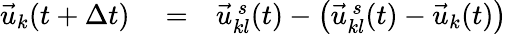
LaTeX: \begin{array}{rlr}{\vec{u}_{k}(t+\Delta t)}&{{}=}&{\vec{u}_{kl}^{\, s}(t)-\left(\vec{u}_{kl}^{\, s}(t)-\vec{u}_{k}(t)\right)}\end{array}